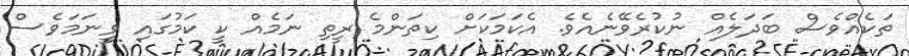
ތަކެއްވެސް ބަދަލެއް ނުކުރެވޭނެއެވެ. އެކަމަކަށް ކިތަންމެ ރީތި ނަމެއް ކީ ކަމުގައި ވީނަމަވެސް